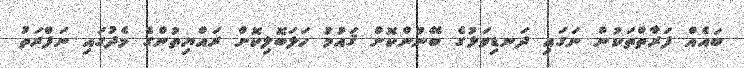
ބައެއް ފަރާތްތަކުން ނަގައި ދަނޑިވަޅުގެ ބޭނުންކޮށް ޤައުމު ހަލަބޮލިކޮށް ރައްޔިތުންގެ މެދުގައި ނަފްރަތު